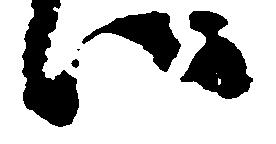
い